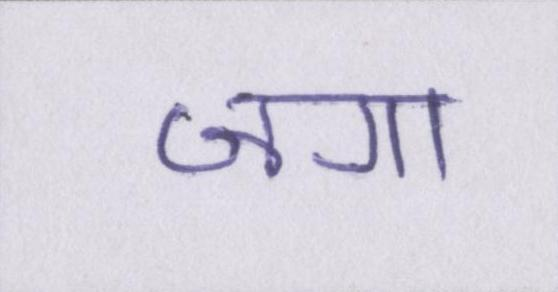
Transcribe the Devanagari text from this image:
जगा